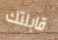
قابلتك